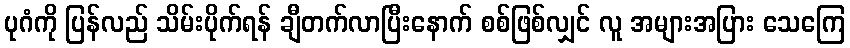
ပုဂံကို ပြန်လည် သိမ်းပိုက်ရန် ချီတက်လာပြီးနောက် စစ်ဖြစ်လျှင် လူ အများအပြား သေကြေ